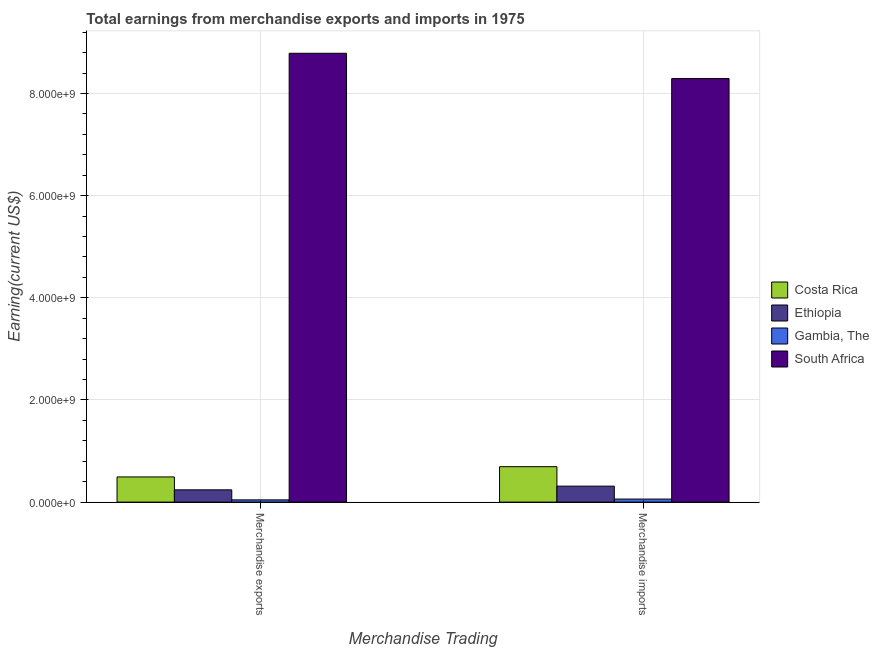
| Merchandise Trading | Costa Rica | Ethiopia | Gambia, The | South Africa |
 | --- | --- | --- | --- | --- |
 | Merchandise exports | 4.93e+08 | 2.4e+08 | 4.42e+07 | 8.79e+09 |
 | Merchandise imports | 6.94e+08 | 3.13e+08 | 5.97e+07 | 8.29e+09 |